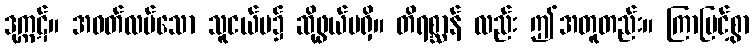
ဒုက္ကဋ်။ အဝတ်လပ်သော သူငယ်မ၌ ဆိုဖွယ်မရှိ။ တိရစ္ဆာန် လည်း ဤအတူတည်း။ ကြာမြင့်စွာ